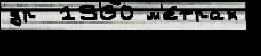
др  1960 м'е́трах